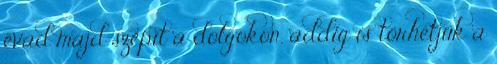
évad majd szépít a dolgokon, addig is törhetjük a